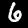
Label: 6